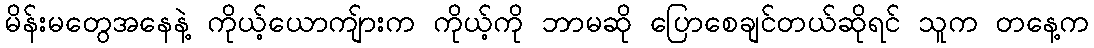
မိန်းမတွေအနေနဲ့ ကိုယ့်ယောကျ်ားက ကိုယ့်ကို ဘာမဆို ပြောစေချင်တယ်ဆိုရင် သူက တနေ့က